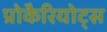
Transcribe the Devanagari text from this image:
प्रोकैरियोट्स